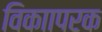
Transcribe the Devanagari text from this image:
विकाापरक